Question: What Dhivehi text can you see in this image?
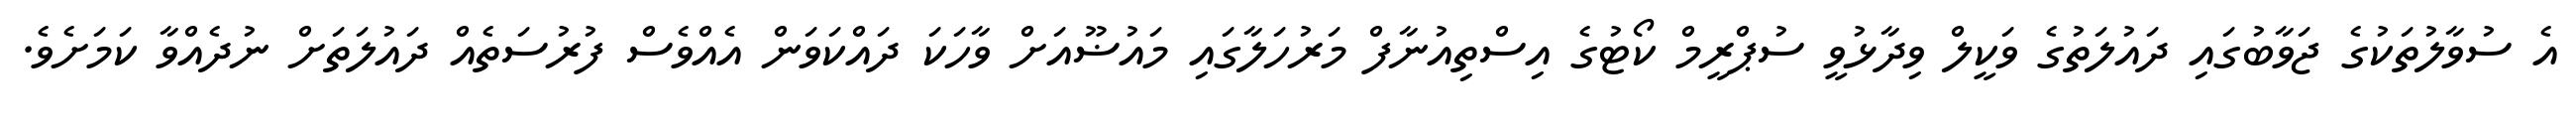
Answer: އެ ސުވާލުތަކުގެ ޖަވާބުގައި ދައުލަތުގެ ވަކީލް ވިދާޅުވީ ސުޕްރީމް ކޯޓުގެ އިސްތިއުނާފް މަރުހަލާގައި މައުޟޫއަށް ވާހަކަ ދައްކަވަން އެއްވެސް ފުރުސަތެއް ދައުލަތަށް ނުދެއްވާ ކަމަށެވެ.